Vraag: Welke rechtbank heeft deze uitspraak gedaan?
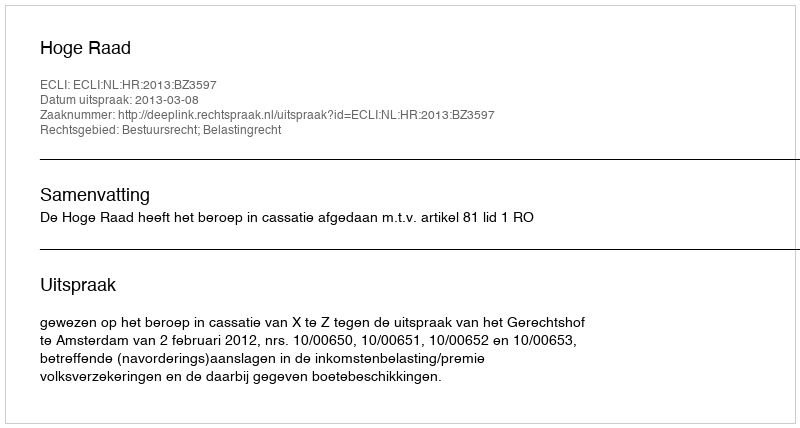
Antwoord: Hoge Raad